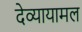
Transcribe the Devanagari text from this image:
देव्यायामल